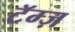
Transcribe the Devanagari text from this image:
टॅम्ज़